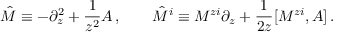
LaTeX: \hat { M } \equiv - \partial _ { z } ^ { 2 } + \frac { 1 } { z ^ { 2 } } A \, , \qquad \hat { M } ^ { i } \equiv M ^ { z i } \partial _ { z } + \frac { 1 } { 2 z } [ M ^ { z i } , A ] \, .